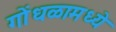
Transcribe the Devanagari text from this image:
गोंधळामध्ये